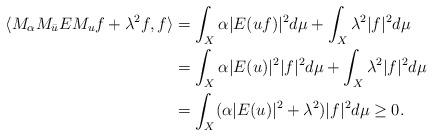
LaTeX: \begin{align*}\langle M_{\alpha}M_{\bar{u}}EM_{u}f+\lambda^2f,f\rangle&=\int_{X}\alpha|E(uf)|^2d\mu+\int_{X}\lambda^2|f|^2d\mu\\&=\int_{X}\alpha|E(u)|^2|f|^2d\mu+\int_{X}\lambda^2|f|^2d\mu\\&=\int_{X}(\alpha|E(u)|^2+\lambda^2)|f|^2d\mu\geq0.\\\end{align*}